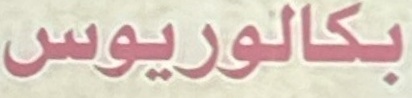
بكالوریوس